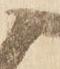
候